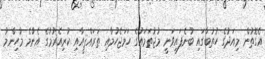
އެގޮތުން މިއަދުގެ ހުތުބާގައި ބުނެފައިވަނީ މުޖުތަމައުގެ ހަމަޖެހުމާއި ތަރައްޤީއާއި ކުރިއެރުމުގެ އެންމެ މުހިންމު